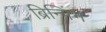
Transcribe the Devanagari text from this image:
ब्रिन्गिंग